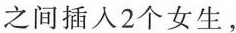
之间插入2个女生，